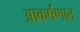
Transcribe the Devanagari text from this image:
आकर्षणात